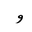
Letter: _waw